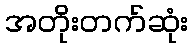
အတိုးတက်ဆုံး